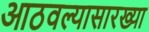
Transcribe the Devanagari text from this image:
आठवल्यासारख्या